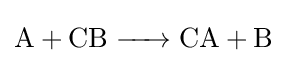
{\ce {A + CB -> CA + B}}